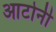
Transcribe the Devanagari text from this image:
आटोर्नी